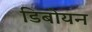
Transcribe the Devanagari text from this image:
डिबोयन